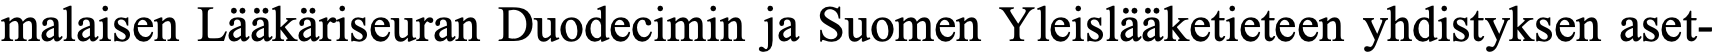
malaisen Lääkäriseuran Duodecimin ja Suomen Yleislääketieteen yhdistyksen aset-